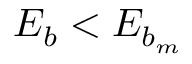
E _ { b } < E _ { b _ { m } }